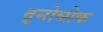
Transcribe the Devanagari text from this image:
द्र्नोव्सेक